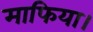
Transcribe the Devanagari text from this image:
माफिया।